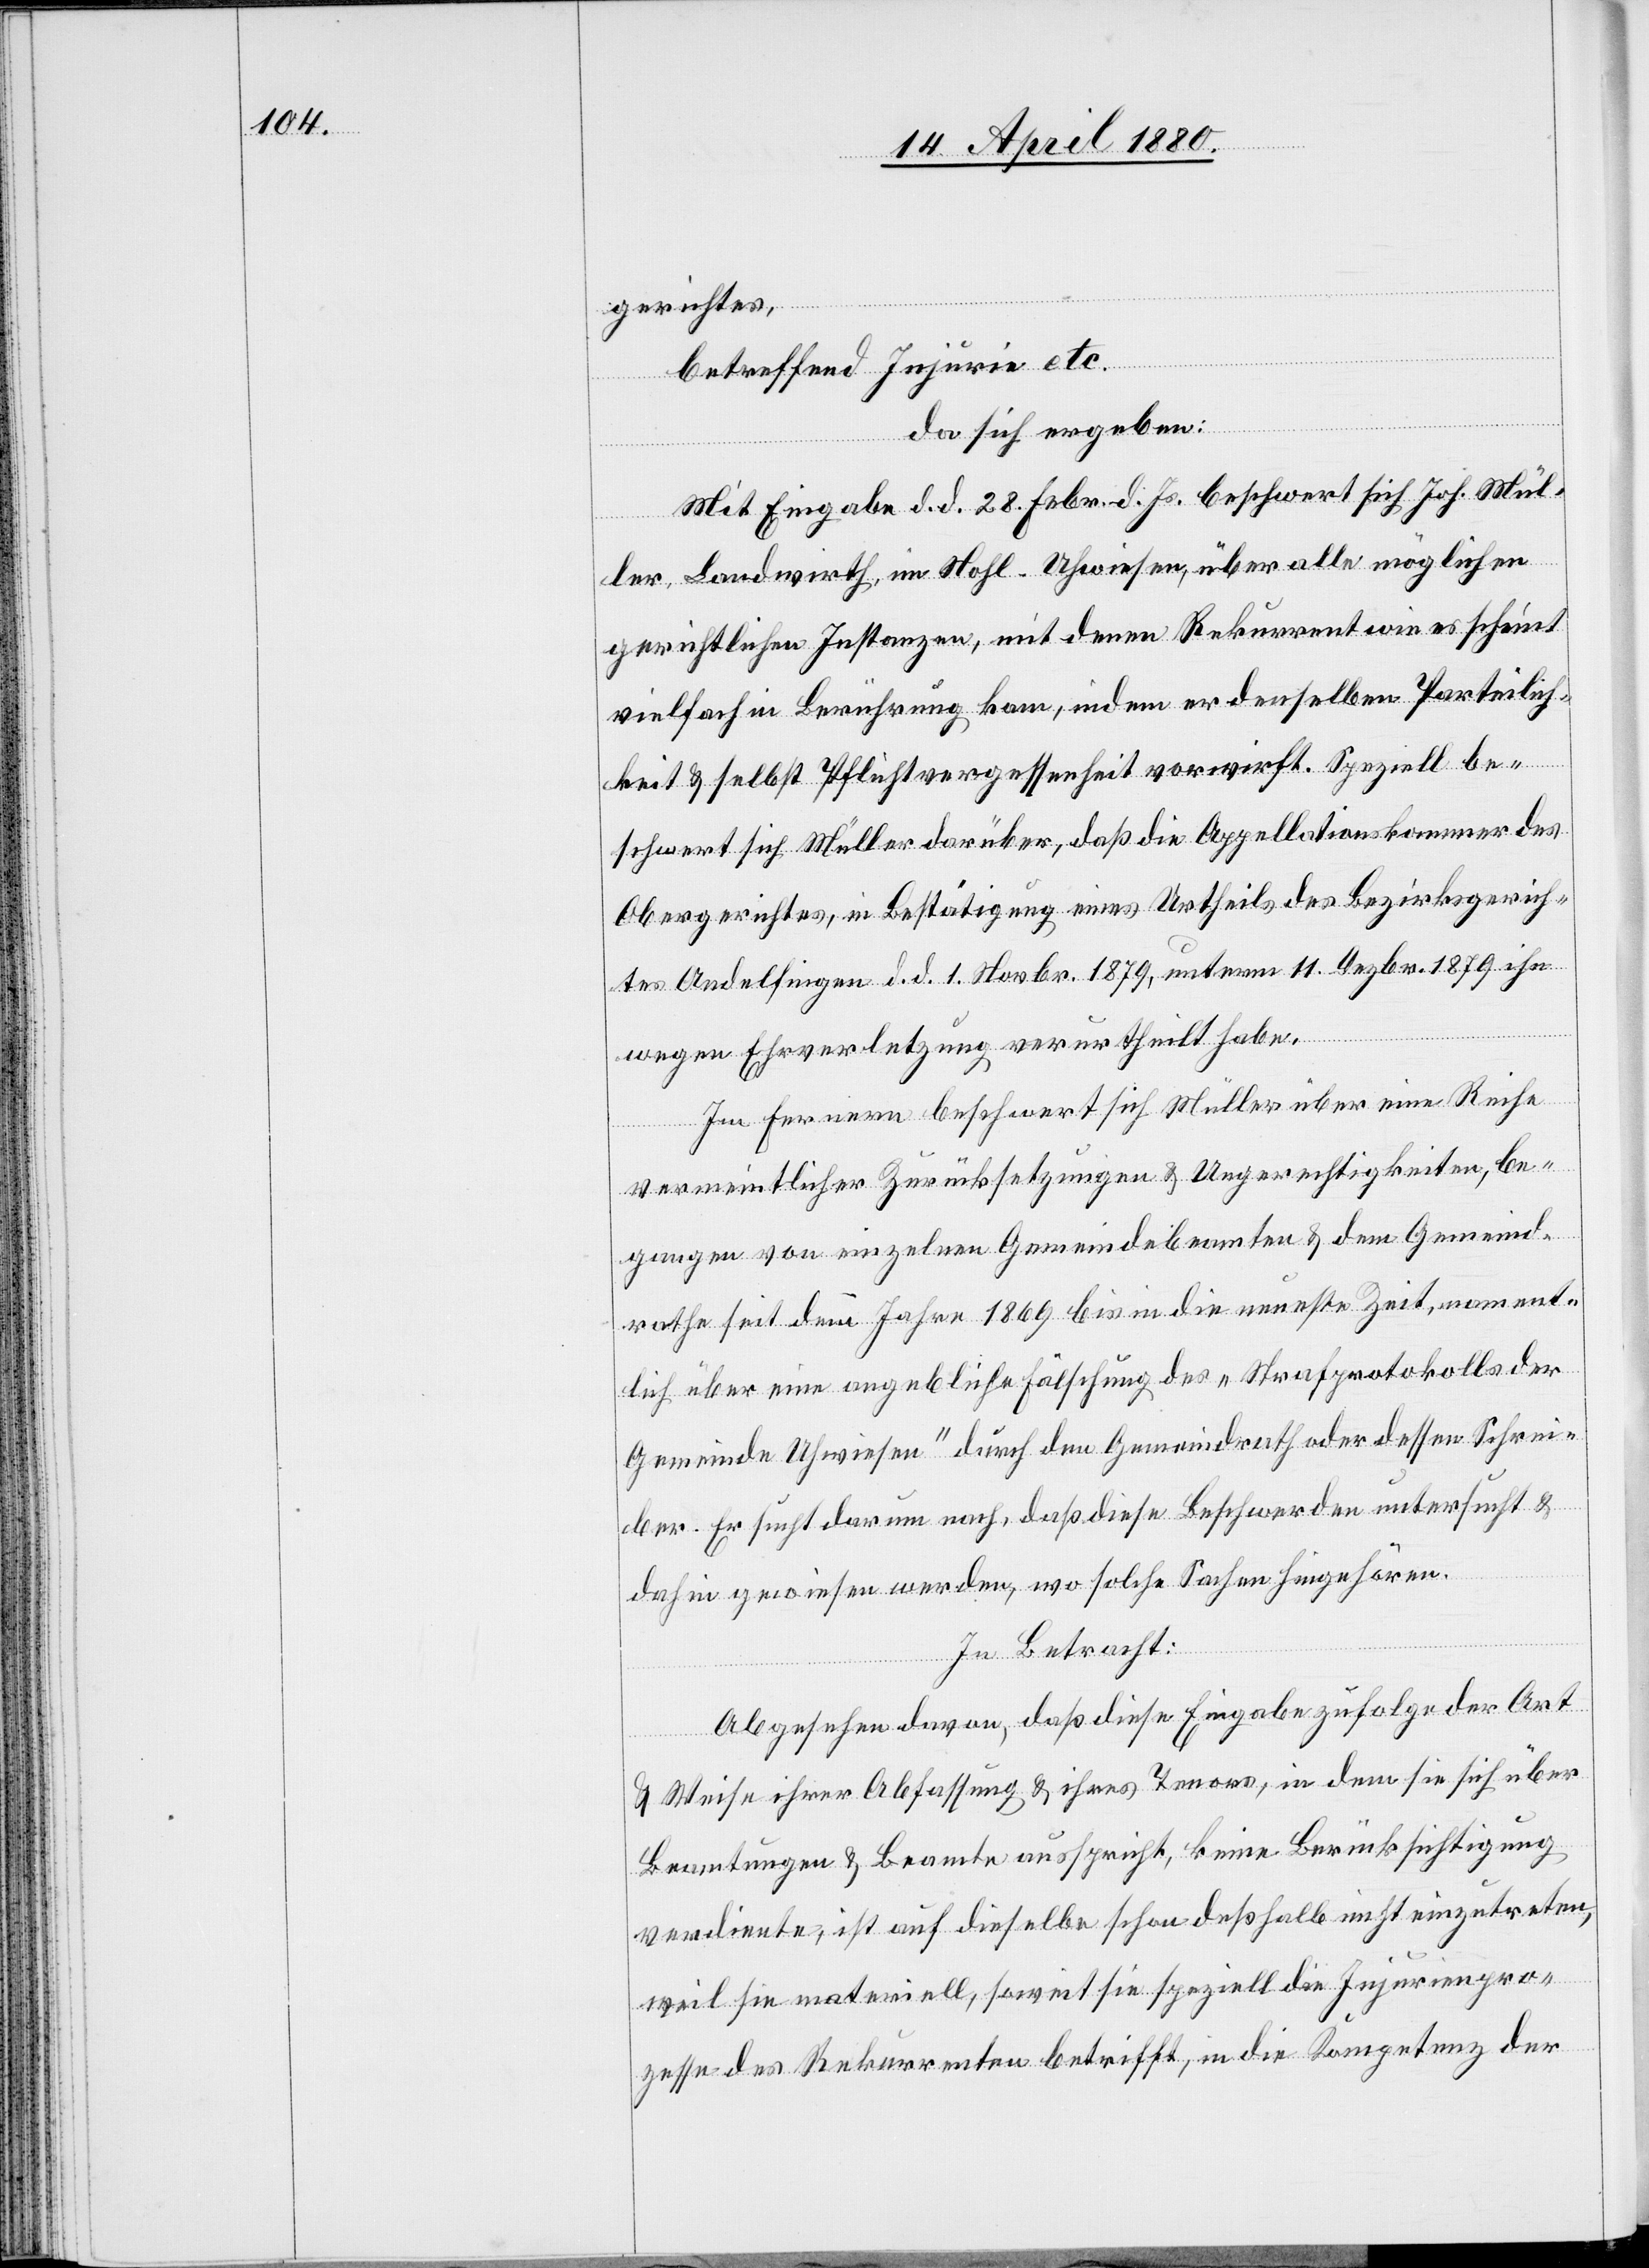
gerichtes,
betreffend Injurie etc.
da sich ergeben:
Mit Eingabe d. d. 28. Febr. d. Js. beschwert sich Joh. Mül¬
ler, Landwirth, im Nohl - Uhwiesen, über alle möglichen
gerichtlichen Instanzen, mit denen Rekurrent wie es scheint
vielfach in Berührung kam, indem er denselben Parteilich¬
keit & selbst Pflichtvergessenheit vorwirft. Speziell be¬
schwert sich Müller darüber, daß die Appellationskammer des
Obergerichtes, in Bestätigung eines Urtheils des Bezirksgerich¬
tes Andelfingen d. d. 1. Novbr. 1879, unterm 11. Dezbr. 1879 ihn
wegen Ehrverletzung verurtheilt habe.
Im Fernern beschwert sich Müller über eine Reihe
vermeintlicher Zurücksetzungen & Ungerechtigkeiten, be¬
gangen von einzelnen Gemeindebeamten & dem Gemeind¬
rathe seit dem Jahre 1869 bis in die neueste Zeit, nament¬
lich über eine angebliche Fälschung des „Strafprotokolls der
Gemeinde Uhwiesen“ durch den Gemeindrath oder dessen Schrei¬
ber. Er such darum nach, daß diese Beschwerde untersucht &
dahin gewiesen werde, so solche Sachen hingehören.
In Betracht:
Abgesehen davon, daß diese Eingabe zufolge der Art
& Weise ihrer Abfassung & ihres Tenors, in dem sie sich über
Beamtungen & Beamte ausspricht, keine Berücksichtigung
verdiente, ist auf dieselbe schon deßhalb nicht einzutreten,
weil sie materiell, soweit sie speziell die Injurienpro¬
zesse des Rekurrenten betrifft, in die Kompetenz der